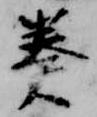
奏